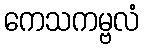
ကေသကမ္ဗလံ